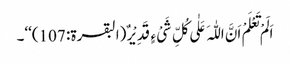
اَلَمْ تَعْلَمْ اَنَّ اللّٰہَ عَلٰی کُلِّ شَیْ ءٍ قَدِیْرٌ (البقرۃ: 107)‘‘۔